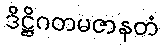
ဒိဋ္ဌိဂတမဇာနတံ